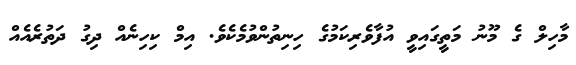
މާހިލް ގެ މޫނު މަތީގައިވީ އުފާވެރިކަމުގެ ހިނިތުންވުމެކެވެ. އިމް ކިހިނެއް ދިގު ދަތުރެއެއް